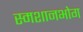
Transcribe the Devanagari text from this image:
स्मशानभोग